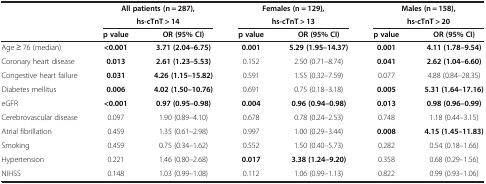
<table><thead><tr><td rowspan="2"><b> </b></td><td colspan="2"><b>All patients (n = 287),</b></td><td colspan="2"><b>Females (n = 129),</b></td><td colspan="2"><b>Males (n = 158),</b></td></tr><tr><td colspan="2"><b>hs-cTnT &gt; 14</b></td><td colspan="2"><b>hs-cTnT &gt; 13</b></td><td colspan="2"><b>hs-cTnT &gt; 20</b></td></tr><tr><td><b> </b></td><td><b>p value</b></td><td><b>OR (95% CI)</b></td><td><b>p value</b></td><td><b>OR (95% CI)</b></td><td><b>p value</b></td><td><b>OR (95% CI)</b></td></tr></thead><tbody><tr><td>Age ≥ 76 (median)</td><td><b>&lt;0.001</b></td><td><b>3.71 (2.04–6.75)</b></td><td><b>0.001</b></td><td><b>5.29 (1.95–14.37)</b></td><td><b>0.001</b></td><td><b>4.11 (1.78–9.54)</b></td></tr><tr><td>Coronary heart disease</td><td><b>0.013</b></td><td><b>2.61 (1.23–5.53)</b></td><td>0.152</td><td>2.50 (0.71–8.74)</td><td><b>0.041</b></td><td><b>2.62 (1.04–6.60)</b></td></tr><tr><td>Congestive heart failure</td><td><b>0.031</b></td><td><b>4.26 (1.15–15.82)</b></td><td>0.591</td><td>1.55 (0.32–7.59)</td><td>0.077</td><td>4.88 (0.84–28.35)</td></tr><tr><td>Diabetes mellitus</td><td><b>0.006</b></td><td><b>4.02 (1.50–10.76)</b></td><td>0.691</td><td>0.75 (0.18–3.18)</td><td><b>0.005</b></td><td><b>5.31 (1.64–17.16)</b></td></tr><tr><td>eGFR</td><td><b>&lt;0.001</b></td><td><b>0.97 (0.95–0.98)</b></td><td><b>0.004</b></td><td><b>0.96 (0.94–0.98)</b></td><td><b>0.013</b></td><td><b>0.98 (0.96–0.99)</b></td></tr><tr><td>Cerebrovascular disease</td><td>0.097</td><td>1.90 (0.89–4.10)</td><td>0.678</td><td>0.78 (0.24–2.53)</td><td>0.748</td><td>1.18 (0.44–3.15)</td></tr><tr><td>Atrial fibrillation</td><td>0.459</td><td>1.35 (0.61–2.98)</td><td>0.997</td><td>1.00 (0.29–3.44)</td><td><b>0.008</b></td><td><b>4.15 (1.45–11.83)</b></td></tr><tr><td>Smoking</td><td>0.459</td><td>0.75 (0.34–1.62)</td><td>0.552</td><td>1.50 (0.40–5.73)</td><td>0.282</td><td>0.54 (0.18–1.66)</td></tr><tr><td>Hypertension</td><td>0.221</td><td>1.46 (0.80–2.68)</td><td><b>0.017</b></td><td><b>3.38 (1.24–9.20)</b></td><td>0.358</td><td>0.68 (0.29–1.56)</td></tr><tr><td>NIHSS</td><td>0.148</td><td>1.03 (0.99–1.08)</td><td>0.112</td><td>1.06 (0.99–1.13)</td><td>0.822</td><td>0.99 (0.93–1.06)</td></tr></tbody></table>